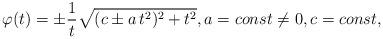
LaTeX: \begin{align*} \varphi(t) = \pm \frac{1}{t} \sqrt{(c \pm a\, t^2)^2 +t^2}, a =const \neq 0, c = const,\end{align*}